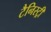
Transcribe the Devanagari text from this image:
टैनिस्ट्री